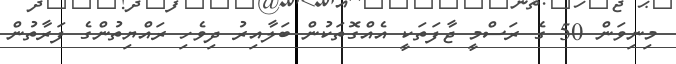
މިނިވަން 50 ގެ ރަސްމީ ޖާފަތަކީ އެއްގޮތަކުން ބަލާއިރު ދިވެހި ރައްޔިތުންގެ ފަރާތުން